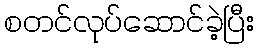
စတင်လုပ်ဆောင်ခဲ့ပြီး